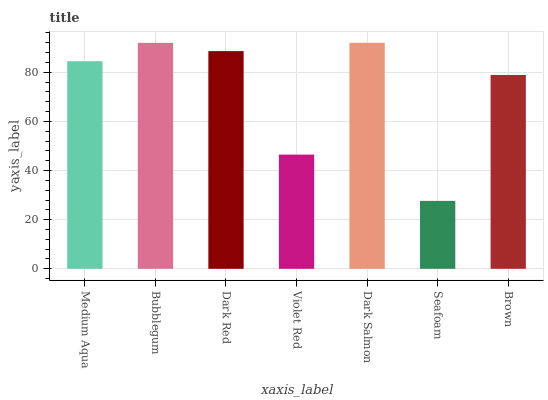
| xaxis_label | bars |
 | --- | --- |
 | Medium Aqua | 84.5 |
 | Bubblegum | 91.9 |
 | Dark Red | 88.6 |
 | Violet Red | 46.5 |
 | Dark Salmon | 92 |
 | Seafoam | 27.6 |
 | Brown | 78.9 |